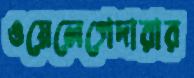
ওয়েলেগেদারার